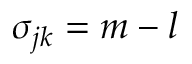
\sigma _ { j k } = m - l